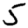
Digit: 5